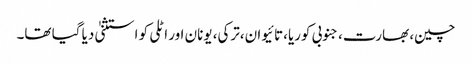
چین، بھارت،جنوبی کوریا،تائیوان،ترکی، یونان اور اٹلی کو استثنیٰ دیا گیا تھا۔